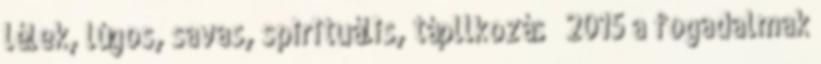
lélek, lúgos, savas, spirituális, tápllkozás ← 2015 a fogadalmak